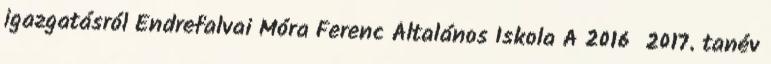
igazgatásról Endrefalvai Móra Ferenc Általános Iskola A 2016 2017. tanév